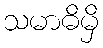
သမာဓိမှိ